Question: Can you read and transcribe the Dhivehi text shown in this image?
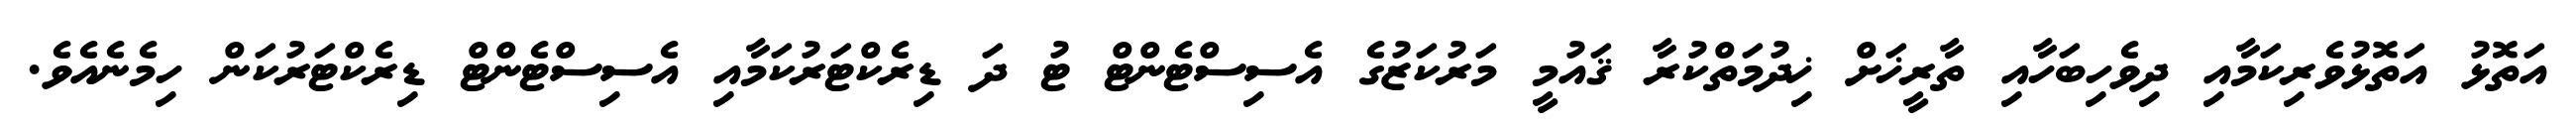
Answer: އަތޮޅު އަތޮޅުވެރިކަމާއި ދިވެހިބަހާއި ތާރީޚަށް ޚިދުމަތްކުރާ ޤައުމީ މަރުކަޒުގެ އެސިސްޓެންޓް ޓު ދަ ޑިރެކްޓަރުކަމާއި އެސިސްޓެންޓް ޑިރެކްޓަރުކަން ހިމެނެއެވެ.